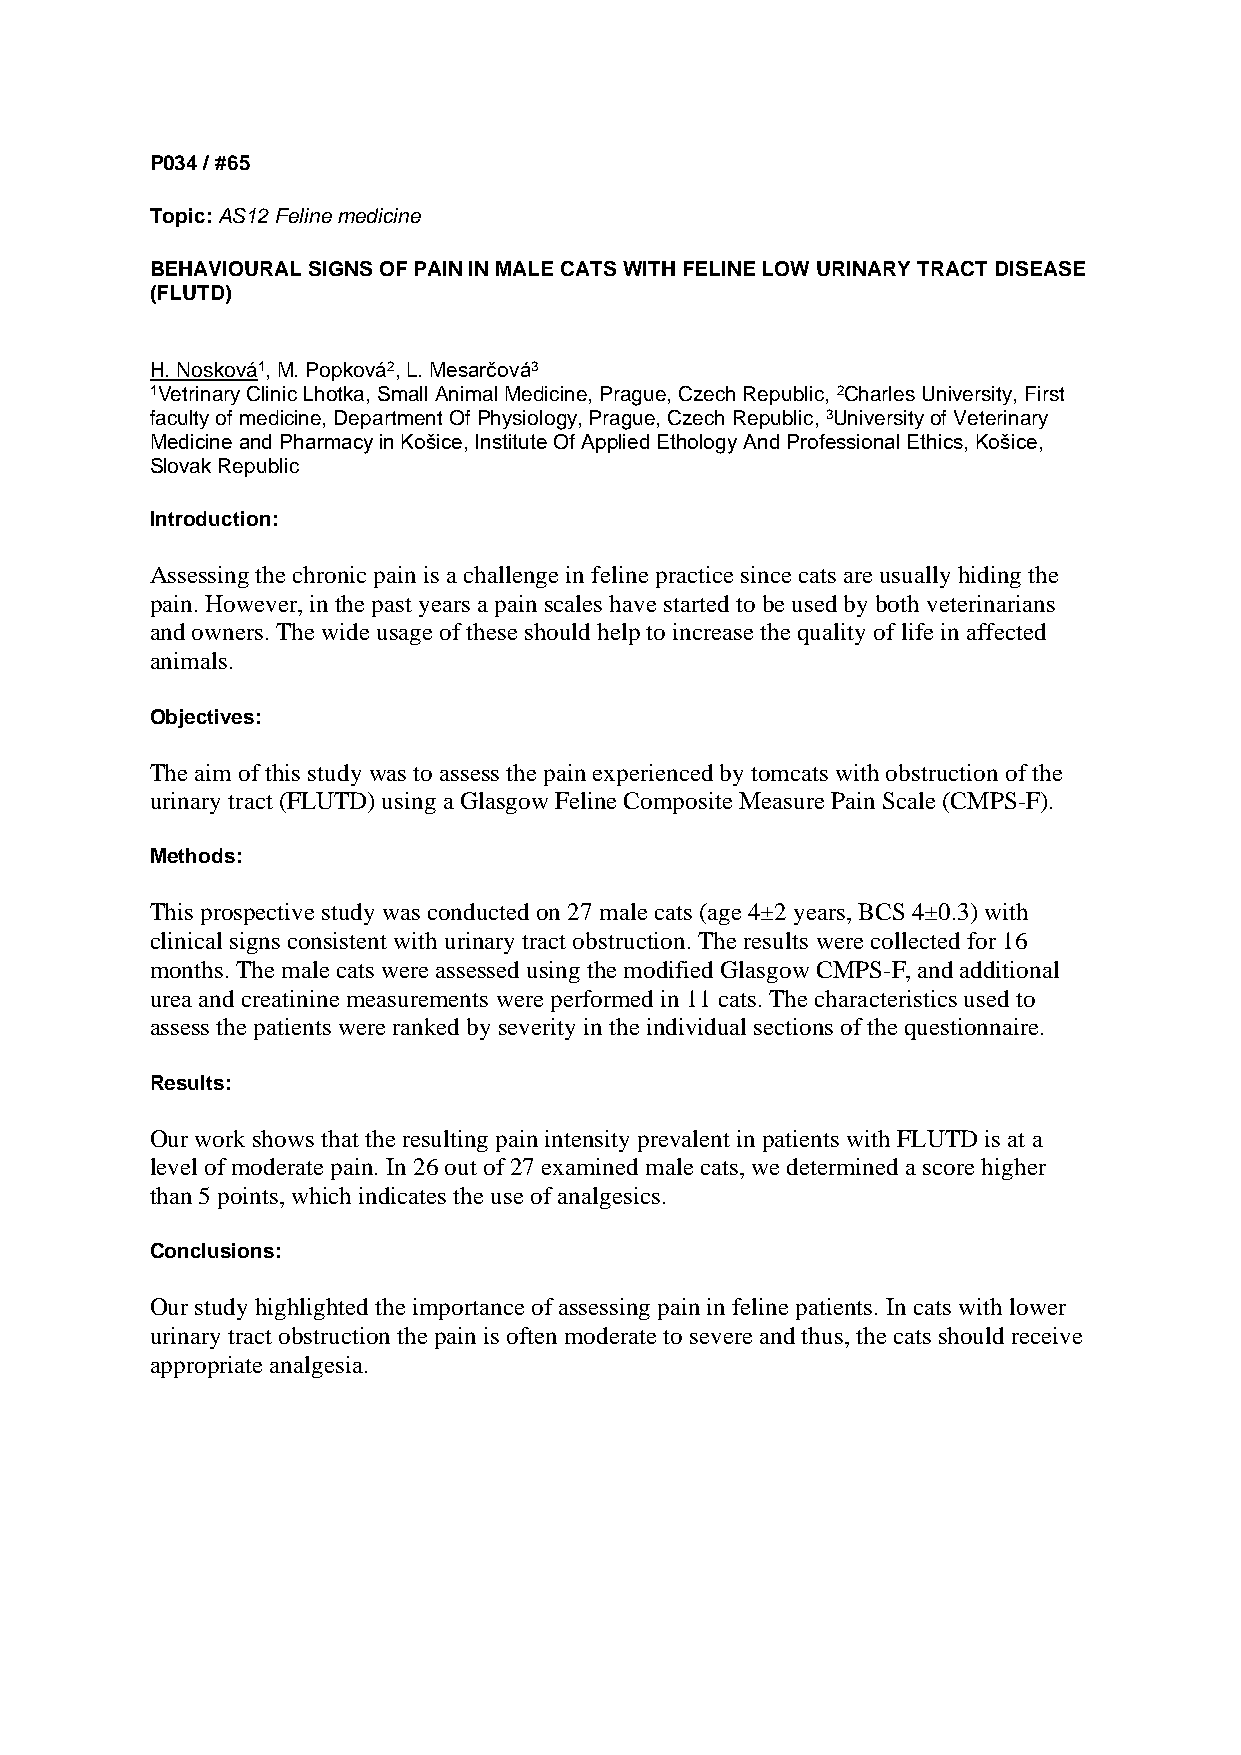
P034 / #65
 Topic: AS12 Feline medicine
 BEHAVIOURAL SIGNS OF PAIN IN MALE CATS WITH FELINE LOW URINARY TRACT DISEASE
 (FLUTD)
 H. Nosková1, M. Popková2, L. Mesarčová3
 1Vetrinary Clinic Lhotka, Small Animal Medicine, Prague, Czech Republic, 2Charles University, First
 faculty of medicine, Department Of Physiology, Prague, Czech Republic, 3University of Veterinary
 Medicine and Pharmacy in Košice, Institute Of Applied Ethology And Professional Ethics, Košice,
 Slovak Republic
 Introduction:
 Assessing the chronic pain is a challenge in feline practice since cats are usually hiding the
 pain. However, in the past years a pain scales have started to be used by both veterinarians
 and owners. The wide usage of these should help to increase the quality of life in affected
 animals.
 Objectives:
 The aim of this study was to assess the pain experienced by tomcats with obstruction of the
 urinary tract (FLUTD) using a Glasgow Feline Composite Measure Pain Scale (CMPS-F).
 Methods:
 This prospective study was conducted on 27 male cats (age 4±2 years, BCS 4±0.3) with
 clinical signs consistent with urinary tract obstruction. The results were collected for 16
 months. The male cats were assessed using the modified Glasgow CMPS-F, and additional
 urea and creatinine measurements were performed in 11 cats. The characteristics used to
 assess the patients were ranked by severity in the individual sections of the questionnaire.
 Results:
 Our work shows that the resulting pain intensity prevalent in patients with FLUTD is at a
 level of moderate pain. In 26 out of 27 examined male cats, we determined a score higher
 than 5 points, which indicates the use of analgesics.
 Conclusions:
 Our study highlighted the importance of assessing pain in feline patients. In cats with lower
 urinary tract obstruction the pain is often moderate to severe and thus, the cats should receive
 appropriate analgesia.